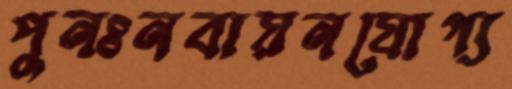
পুনঃনবায়নযোগ্য